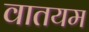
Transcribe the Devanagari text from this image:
वातयम